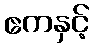
ဧကနှင့်